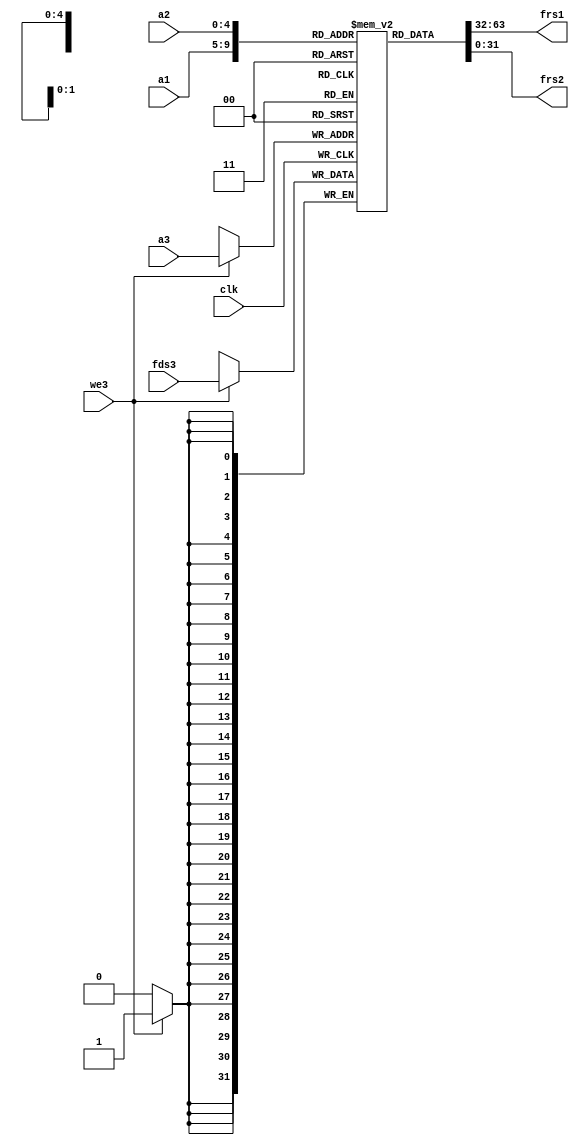
//floating point register file 
//three ported
//async two ports for read [a1/frs1  ,  a2/frs2]
//sync one port for write [a3,fds3,we3]

module FP_reg_file (input   clk,we3, 
                    input   [4:0]  a1, a2, a3, 
                    input   [31:0] fds3, 
                    output  [31:0] frs1, frs2);

reg [31:0] FP_reg_f [31:0];

//write operation
  always@(posedge clk)
    if (we3) FP_reg_f[a3] <= fds3;

//read operation
  assign frs1 = FP_reg_f[a1];
  assign frs2 = FP_reg_f[a2];
endmodule